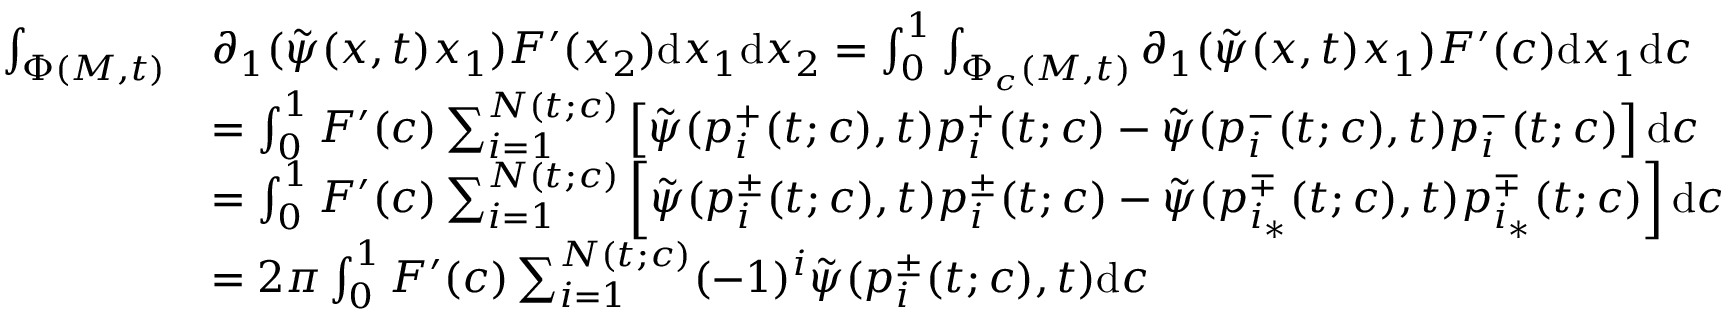
\begin{array} { r l } { \int _ { \Phi ( M , t ) } } & { \partial _ { 1 } ( \tilde { \psi } ( x , t ) x _ { 1 } ) F ^ { \prime } ( x _ { 2 } ) \mathrm { d } x _ { 1 } \mathrm { d } x _ { 2 } = \int _ { 0 } ^ { 1 } \int _ { \Phi _ { c } ( M , t ) } \partial _ { 1 } ( \tilde { \psi } ( x , t ) x _ { 1 } ) F ^ { \prime } ( c ) \mathrm { d } x _ { 1 } \mathrm { d } c } \\ & { = \int _ { 0 } ^ { 1 } F ^ { \prime } ( c ) \sum _ { i = 1 } ^ { N ( t ; c ) } \left[ \tilde { \psi } ( p _ { i } ^ { + } ( t ; c ) , t ) p _ { i } ^ { + } ( t ; c ) - \tilde { \psi } ( p _ { i } ^ { - } ( t ; c ) , t ) p _ { i } ^ { - } ( t ; c ) \right] \mathrm { d } c } \\ & { = \int _ { 0 } ^ { 1 } F ^ { \prime } ( c ) \sum _ { i = 1 } ^ { N ( t ; c ) } \left[ \tilde { \psi } ( p _ { i } ^ { \pm } ( t ; c ) , t ) p _ { i } ^ { \pm } ( t ; c ) - \tilde { \psi } ( p _ { i _ { * } } ^ { \mp } ( t ; c ) , t ) p _ { i _ { * } } ^ { \mp } ( t ; c ) \right] \mathrm { d } c } \\ & { = 2 \pi \int _ { 0 } ^ { 1 } F ^ { \prime } ( c ) \sum _ { i = 1 } ^ { N ( t ; c ) } ( - 1 ) ^ { i } \tilde { \psi } ( p _ { i } ^ { \pm } ( t ; c ) , t ) \mathrm { d } c } \end{array}